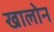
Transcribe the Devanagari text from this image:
खालोन